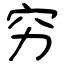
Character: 穷